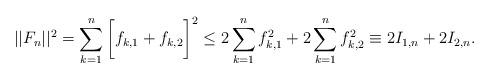
LaTeX: \begin{align*}||F_n||^2 = \sum\limits_{k=1}^n \bigg[f_{k,1}+f_{k,2}\bigg]^2\leq 2\sum\limits_{k=1}^n f_{k,1}^2+ 2\sum\limits_{k=1}^n f_{k,2}^2\equiv 2 I_{1,n}+2 I_{2,n}.\end{align*}